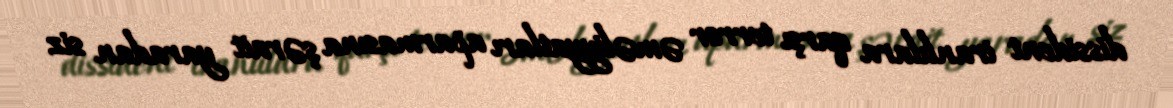
dissident iranlılara qarşı terror əməliyyatları aparmasına şərait yaradan siz